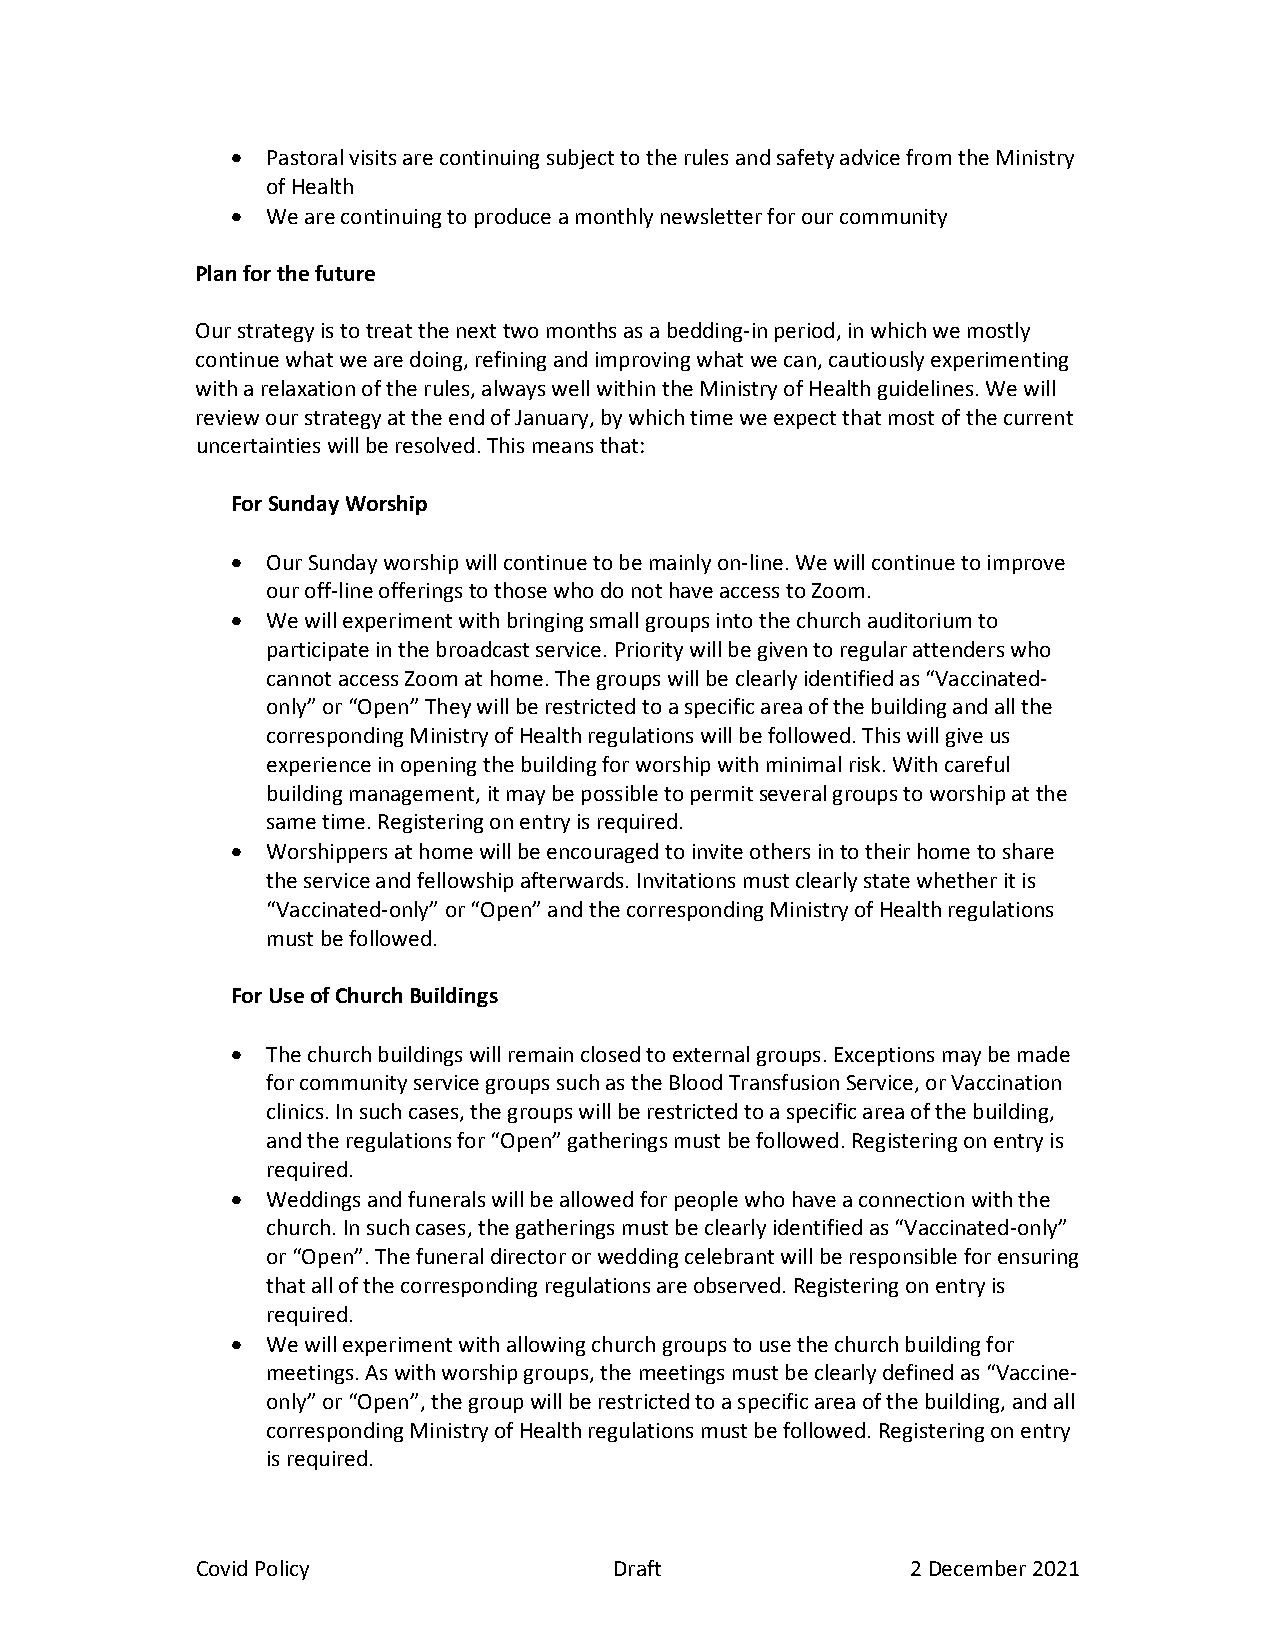
  Pastoral visits are continuing subject to the rules and safety advice from the Ministry
 of Health
   We are continuing to produce a monthly newsletter for our community
 Plan for the future
 Our strategy is to treat the next two months as a bedding‐in period, in which we mostly
 continue what we are doing, refining and improving what we can, cautiously experimenting
 with a relaxation of the rules, always well within the Ministry of Health guidelines. We will
 review our strategy at the end of January, by which time we expect that most of the current
 uncertainties will be resolved. This means that:
 For Sunday Worship
   Our Sunday worship will continue to be mainly on‐line. We will continue to improve
 our off‐line offerings to those who do not have access to Zoom.
   We will experiment with bringing small groups into the church auditorium to
 participate in the broadcast service. Priority will be given to regular attenders who
 cannot access Zoom at home. The groups will be clearly identified as “Vaccinated‐
 only” or “Open” They will be restricted to a specific area of the building and all the
 corresponding Ministry of Health regulations will be followed. This will give us
 experience in opening the building for worship with minimal risk. With careful
 building management, it may be possible to permit several groups to worship at the
 same time. Registering on entry is required.
   Worshippers at home will be encouraged to invite others in to their home to share
 the service and fellowship afterwards. Invitations must clearly state whether it is
 “Vaccinated‐only” or “Open” and the corresponding Ministry of Health regulations
 must be followed.
 For Use of Church Buildings
   The church buildings will remain closed to external groups. Exceptions may be made
 for community service groups such as the Blood Transfusion Service, or Vaccination
 clinics. In such cases, the groups will be restricted to a specific area of the building,
 and the regulations for “Open” gatherings must be followed. Registering on entry is
 required.
   Weddings and funerals will be allowed for people who have a connection with the
 church. In such cases, the gatherings must be clearly identified as “Vaccinated‐only”
 or “Open”. The funeral director or wedding celebrant will be responsible for ensuring
 that all of the corresponding regulations are observed. Registering on entry is
 required.
   We will experiment with allowing church groups to use the church building for
 meetings. As with worship groups, the meetings must be clearly defined as “Vaccine‐
 only” or “Open”, the group will be restricted to a specific area of the building, and all
 corresponding Ministry of Health regulations must be followed. Registering on entry
 is required.
 Covid Policy                Draft              2 December 2021